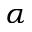
\alpha